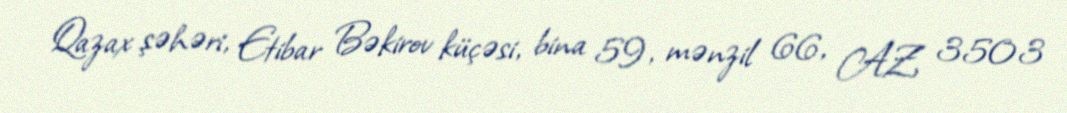
Qazax şəhəri, Etibar Bəkirov küçəsi, bina 59, mənzil 66, AZ 3503